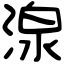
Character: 湶